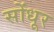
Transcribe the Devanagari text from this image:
सोंधूर